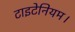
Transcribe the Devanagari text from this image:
टाइटेनियम।